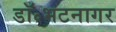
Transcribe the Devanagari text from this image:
डॉ॰भटनागर